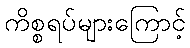
ကိစ္စရပ်များကြောင့်